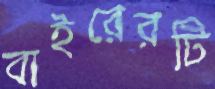
বাইরেরটি